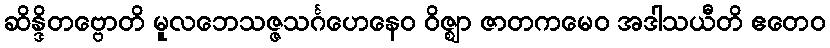
ဆိန္ဒိတဗ္ဗောတိ မူလဘေသဇ္ဇသင်္ဂဟေနေဝ ဝိဇ္ဈာ ဇာတကမေဝ အဒါသယီတိ ဧတေဝ